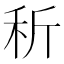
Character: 𥝹